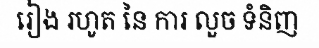
រៀង រហូត នៃ ការ លួច ទំនិញ